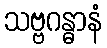
သဗ္ဗဂန္ဓာနံ